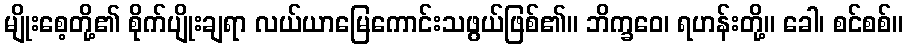
မျိုးစေ့တို့၏ စိုက်ပျိုးချရာ လယ်ယာမြေကောင်းသဖွယ်ဖြစ်၏။ ဘိက္ခဝေ၊ ရဟန်းတို့။ ခေါ၊ စင်စစ်။